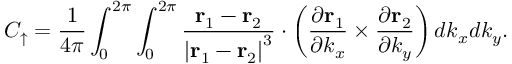
C _ { \uparrow } = \frac { 1 } { 4 \pi } \int _ { 0 } ^ { 2 \pi } \int _ { 0 } ^ { 2 \pi } \frac { \mathbf { r } _ { 1 } - \mathbf { r } _ { 2 } } { \left\vert \mathbf { r } _ { 1 } - \mathbf { r } _ { 2 } \right\vert ^ { 3 } } \cdot \left( \frac { \partial \mathbf { r } _ { 1 } } { \partial k _ { x } } \times \frac { \partial \mathbf { r } _ { 2 } } { \partial k _ { y } } \right) d k _ { x } d k _ { y } .